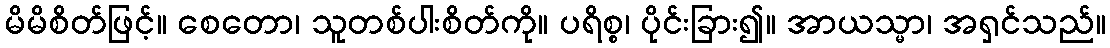
မိမိစိတ်ဖြင့်။ စေတော၊ သူတစ်ပါးစိတ်ကို။ ပရိစ္စ၊ ပိုင်းခြား၍။ အာယသ္မာ၊ အရှင်သည်။